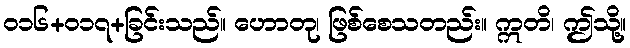
၀၁၆+၀၁၇+ခြင်းသည်။ ဟောတု၊ ဖြစ်စေသတည်း။ ဣတိ၊ ဤသို့။